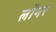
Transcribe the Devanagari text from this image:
लोंगर